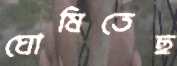
ঘোষিতেছ